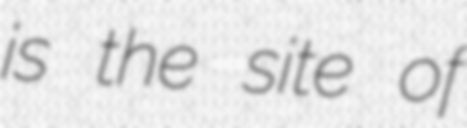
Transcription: is the site of